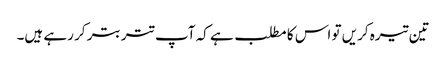
تین تیرہ کریں تو اس کا مطلب ہے کہ آپ تتر بتر کر رہے ہیں۔